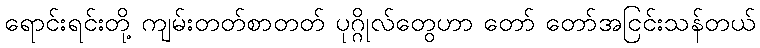
ရောင်းရင်းတို့ ကျမ်းတတ်စာတတ် ပုဂ္ဂိုလ်တွေဟာ တော် တော်အငြင်းသန်တယ်